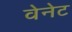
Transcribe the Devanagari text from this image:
वेनेट